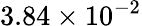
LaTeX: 3.84\times 10^{-2}